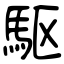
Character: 駆